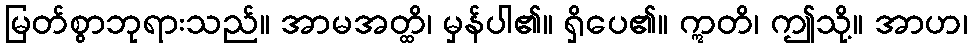
မြတ်စွာဘုရားသည်။ အာမအတ္ထိ၊ မှန်ပါ၏။ ရှိပေ၏။ ဣတိ၊ ဤသို့။ အာဟ၊